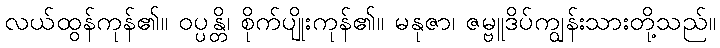
လယ်ထွန်ကုန်၏။ ဝပ္ပန္တိ၊ စိုက်ပျိုးကုန်၏။ မနုဇာ၊ ဇမ္ဗူဒိပ်ကျွန်းသားတို့သည်။